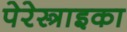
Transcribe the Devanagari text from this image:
पेरेस्त्राइका